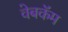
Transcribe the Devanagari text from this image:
वेबकॅम